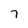
Character: 7